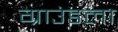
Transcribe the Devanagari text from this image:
ग्राउंडला